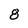
Character: 8